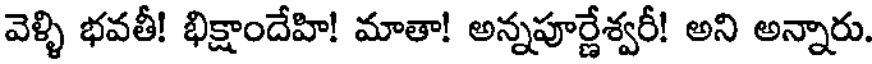
వెళ్ళి భవతీ! భిక్షాందేహి! మాతా! అన్నపూర్ణేశ్వరీ! అని అన్నారు.